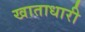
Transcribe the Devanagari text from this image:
खाताधारी